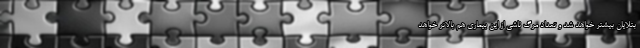
بتلایان بیشتر خواهد شد و تعداد مرگ ناشی از این بیماری هم بالاتر خواهد